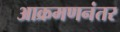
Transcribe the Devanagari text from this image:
आक्रमणनंतर